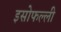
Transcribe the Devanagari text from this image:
इसोफल्ली